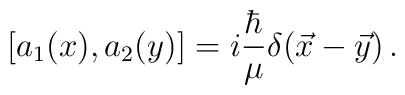
[a_1(x), a_2(y)] = i {\hbar \over \mu}\delta(\vec x - \vec y)\,.